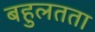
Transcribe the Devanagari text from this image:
बहुलतता